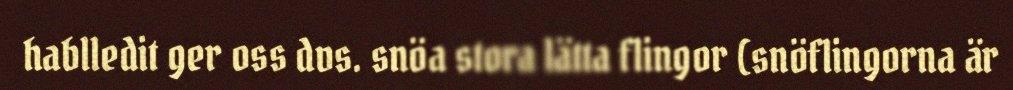
hablledit ger oss dvs. snöa stora lätta flingor (snöflingorna är